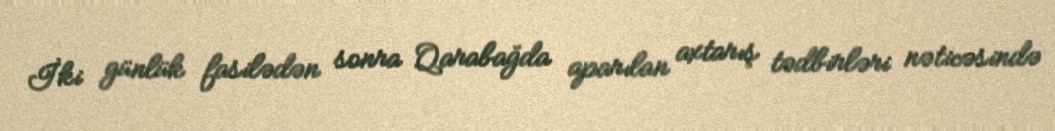
İki günlük fasilədən sonra Qarabağda aparılan axtarış tədbirləri nəticəsində